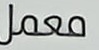
معمل